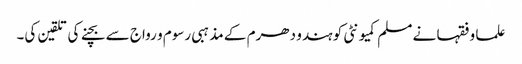
علما و فقہا نے مسلم کمیونٹی کو ہندو دھرم کے مذہبی رسوم و رواج سے بچنے کی تلقین کی۔